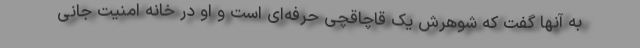
به آنها گفت که شوهرش یک قاچاقچی حرفه‌ای است و او در خانه امنیت جانی